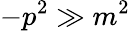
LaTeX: -p^{2}\gg m^{2}